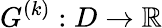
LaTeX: G^{(k)}:D\to\mathbb{R}